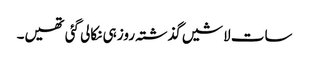
سات لاشیں گذشتہ روز ہی نکالی گئی تھیں۔